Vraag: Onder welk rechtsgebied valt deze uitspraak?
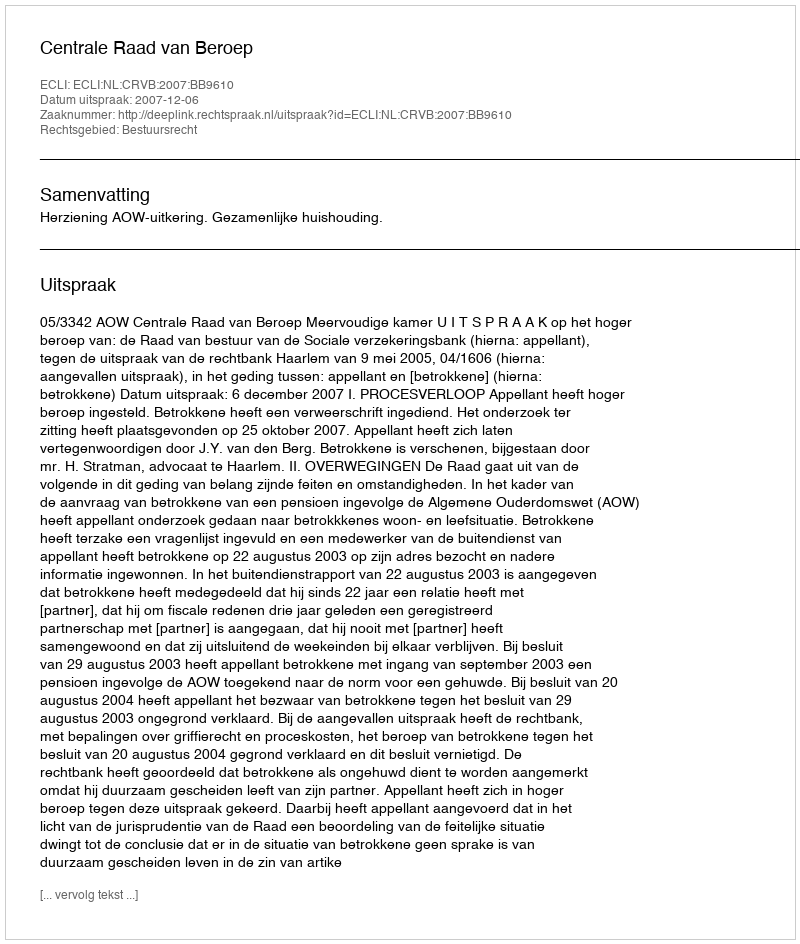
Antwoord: Bestuursrecht